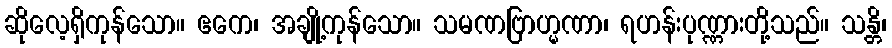
ဆိုလေ့ရှိကုန်သော။ ဧကေ၊ အချို့ကုန်သော။ သမဏဗြာဟ္မဏာ၊ ရဟန်းပုဏ္ဏားတို့သည်။ သန္တိ၊